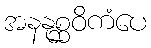
အနနုစ္ဆဝိကံပေ